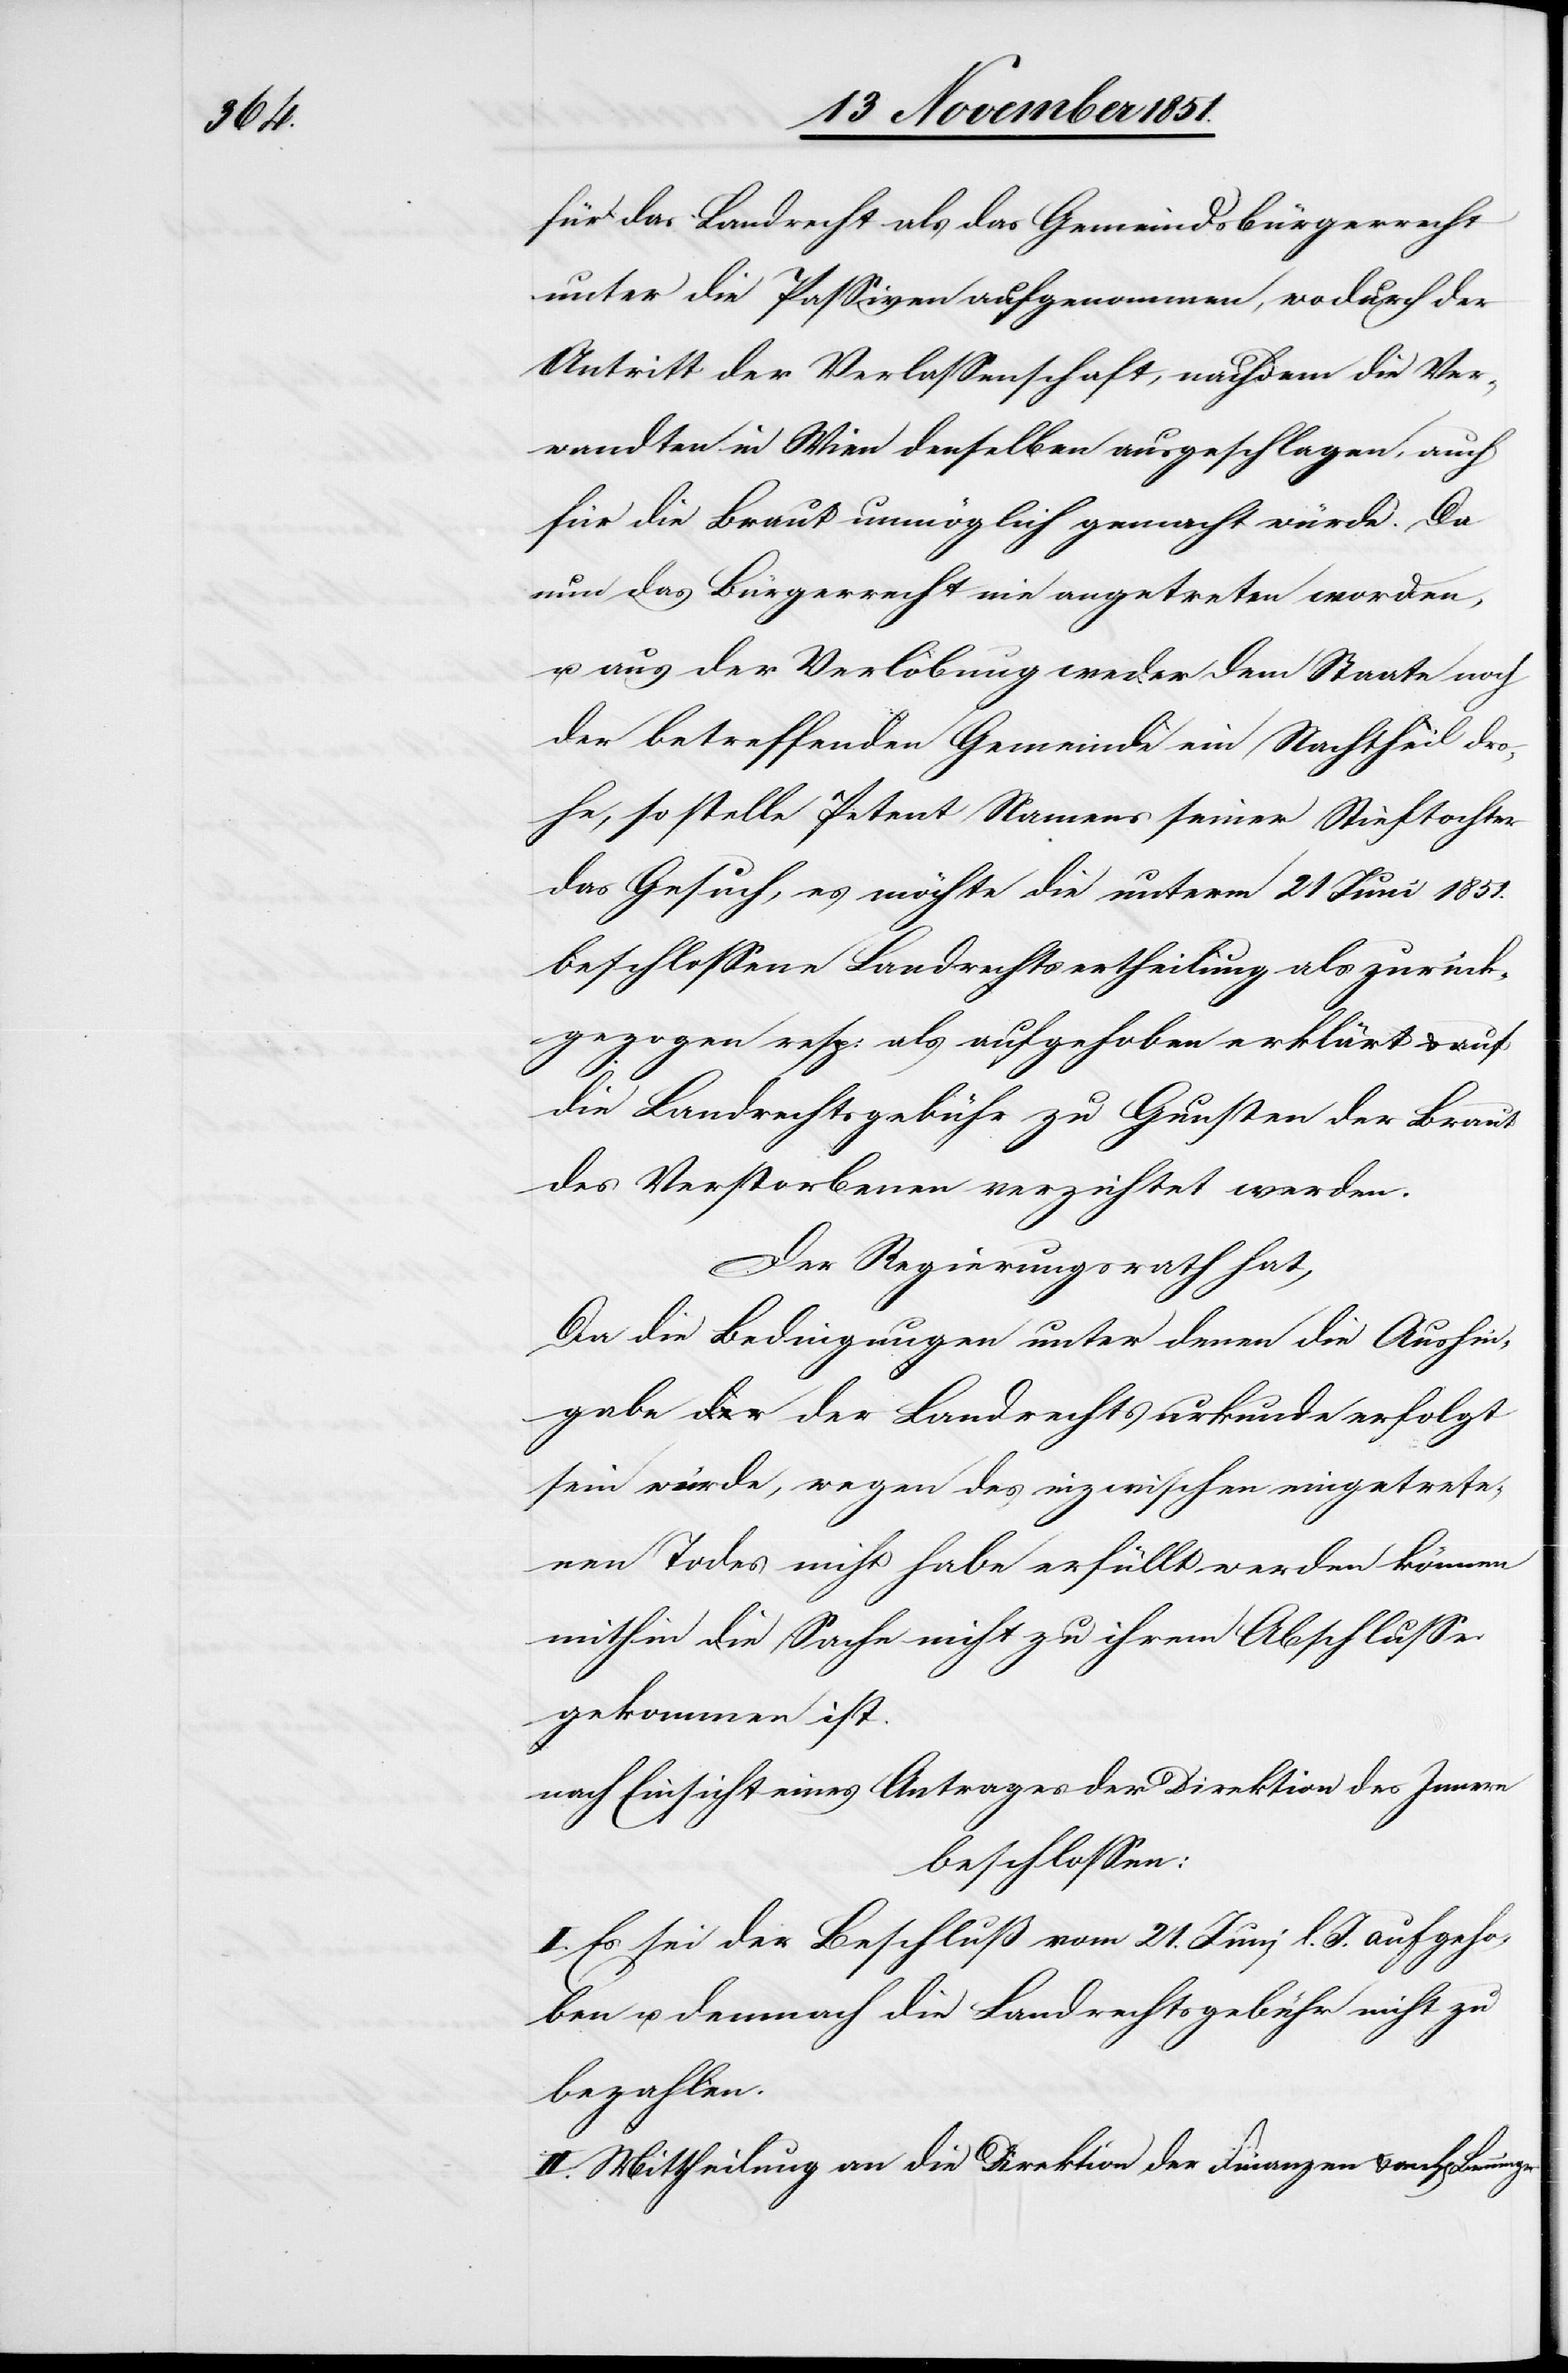
für das Landrecht als das Gemeindsbürgerrecht
unter die Passiven aufgenommen, wodurch der
Antritt der Verlassenschaft, nachdem die Ve¬
rwandten in Wien denselben ausgeschlagen, auch
für die Braut unmöglich gemacht würde. Da
nun das Bürgerrecht nie angetreten worden,
u. aus der Verlobung weder dem Staate noch
der betreffenden Gemeinde ein Nachtheil dro¬
he, so stelle Petent Namens seiner Stieftochter
das Gesuch, es möchte die unterm 21 Juni 1851.
beschlossene Landrechtsertheilung als zurück¬
gezogen resp: als aufgehoben erklärt & auf
die Landrechtsgebühr zu Gunsten der Braut
des Verstorbenen verzichtet werden.
Der Regierungsrath hat,
Da die Bedingungen unter denen die Aushin¬
gabe der Landrechtsurkunde erfolgt
sein würde, wegen des inzwischen eingetrete¬
nen Todes nicht habe[n] erfüllt werden können
mithin die Sache nicht zu ihrem Abschlusse
gekommen ist
nach Einsicht eines Antrages der Direktion des Innern
beschlossen:
I. Es sei der Beschluß vom 21. Juni l. J. aufgeho¬
ben u. demnach die Landrechtsgebühr nicht zu
bezahlen.
II. Mittheilung an die Direktion der Finanzen & an H[errn]